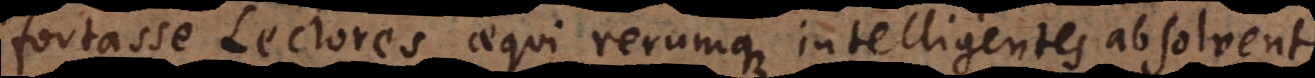
fortasse Lectores aequi rerumque intelligentes absolvent.